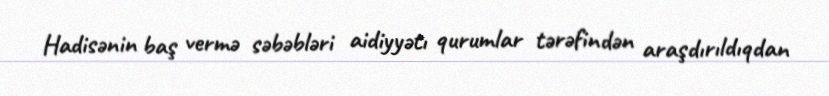
Hadisənin baş vermə səbəbləri aidiyyətı qurumlar tərəfindən araşdırıldıqdan